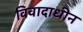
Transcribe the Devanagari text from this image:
विवादाधीन